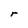
Character: r